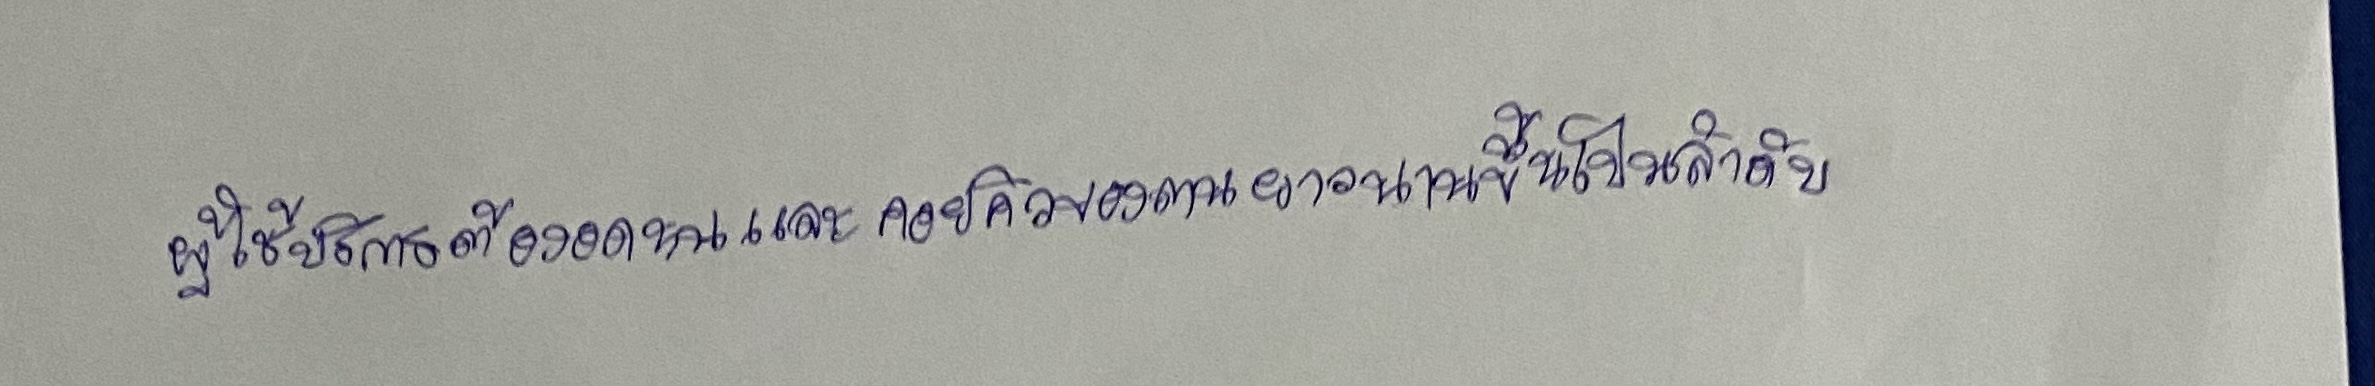
ผู้ใช้บริการต้องอดทนและคอยคิวของตนยาวนานขึ้นเป็นลำดับ